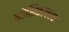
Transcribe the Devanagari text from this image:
कोशिकाकाय